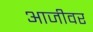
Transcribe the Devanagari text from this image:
आजीवर